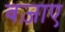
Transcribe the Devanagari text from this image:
बज़ाए